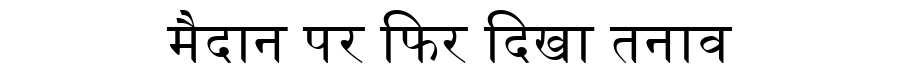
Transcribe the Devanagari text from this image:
मैदान पर फिर दिखा तनाव